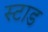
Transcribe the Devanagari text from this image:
स्टाड